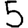
Digit: 5